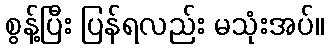
စွန့်ပြီး ပြန်ရလည်း မသုံးအပ်။